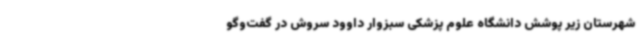
شهرستان‌ زیر پوشش دانشگاه علوم پزشکی سبزوار داوود سروش در گفت‌وگو